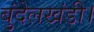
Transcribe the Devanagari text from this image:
बुंदेलखंडी।